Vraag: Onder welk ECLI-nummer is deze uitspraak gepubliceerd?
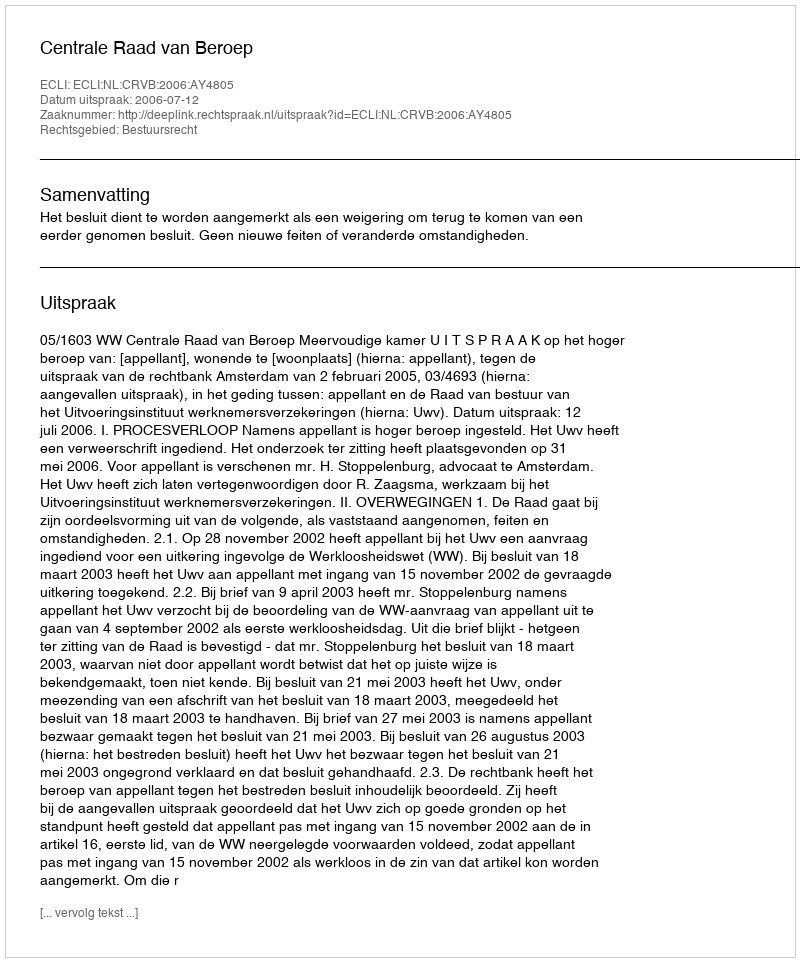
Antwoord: ECLI:NL:CRVB:2006:AY4805